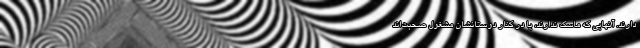
دارند. آنهایی که ماسک ندارند، یا در کنار دوستانشان مشغول صحبت‌اند